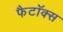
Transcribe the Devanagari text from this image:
फैटॉक्स